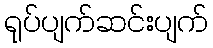
ရုပ်ပျက်ဆင်းပျက်